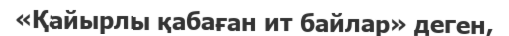
«Қайырлы қабаған ит байлар» деген,